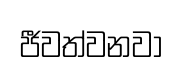
ජීවත්වනවා